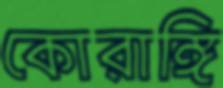
কোরাঙ্গি